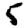
Digit: 5